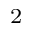
_ 2